Source: Handwritten
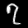
Digit: ၇ (7)